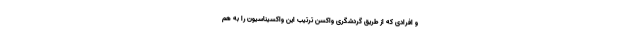
و افرادی که از طریق گردشگری واکسن ترتیب این واکسیناسیون را به هم